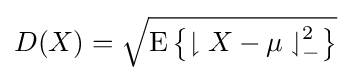
{\textstyle D(X)={\sqrt {\operatorname {E} \left\{{\downharpoonright X-\mu \downharpoonleft }_{-}^{2}\right\}}}}